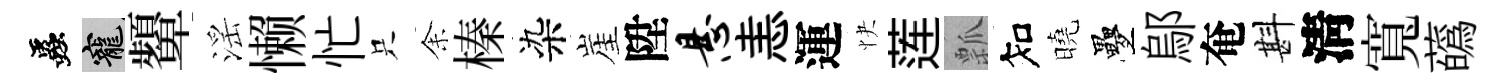
蟲寵顰滛懒忙只𪜬榛染崖陞悬恚運快莲瓢知曉疊鄔奄斟淸寬蘤